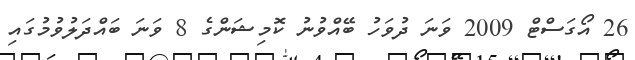
26 އޯގަސްޓް 2009 ވަނަ ދުވަހު ބޭއްވުނު ކޮމިޝަންގެ 8 ވަނަ ބައްދަލުވުމުގައި